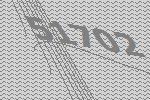
51702